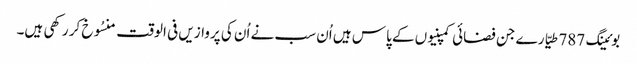
بوئینگ 787 طیّارے جن فضائی کمپنیوں کے پاس ہیں اُن سب نے اُن کی پروازیں فی الوقت منسُوخ کر رکھی ہیں۔